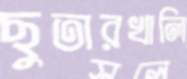
ছুতারখালি